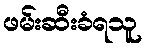
ဖမ်းဆီးခံရသူ